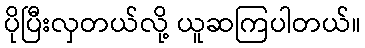
ပိုပြီးလှတယ်လို့ ယူဆကြပါတယ်။